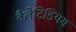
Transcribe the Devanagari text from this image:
वैलेटिडियम